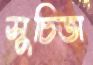
সুচিতা